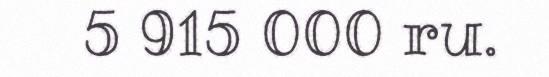
5 915 000 ru.